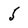
Character: 5